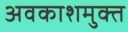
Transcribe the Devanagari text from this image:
अवकाशमुक्त